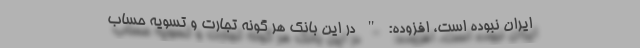
ایران نبوده است، افزوده: " در این بانک هر گونه تجارت و تسویه حساب